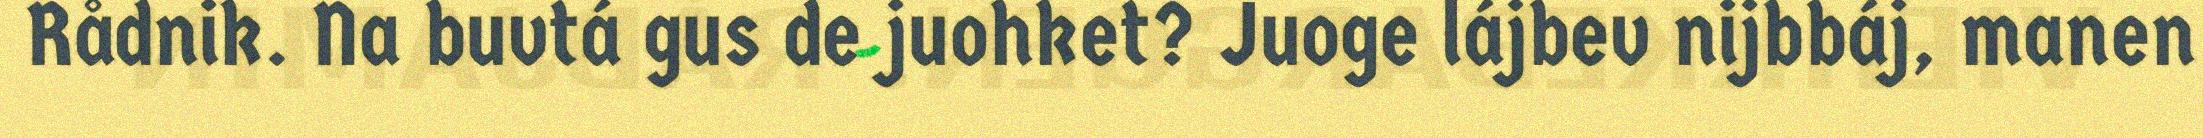
Rådnik. Na buvtá gus de juohket? Juoge lájbev nijbbáj, manen